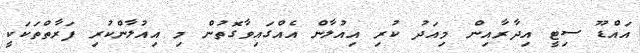
އައްޑޫ ސިޓީ އިދާރާއިން މިއަދު ކުރި އިއުލާން އެއްގައިވާގޮތުން މި އިއުލާންކުރި ފަރާތްތަކަކީ